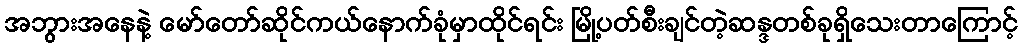
အဘွားအနေနဲ့ မော်တော်ဆိုင်ကယ်နောက်ခုံမှာထိုင်ရင်း မြို့ပတ်စီးချင်တဲ့ဆန္ဒတစ်ခုရှိသေးတာကြောင့်